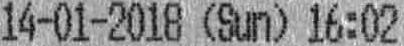
14-01-2018 (SUN) 16:02